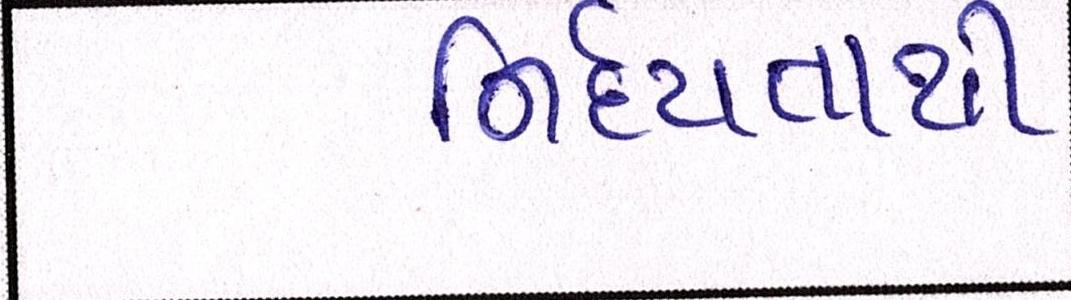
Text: નિર્દયતાથી